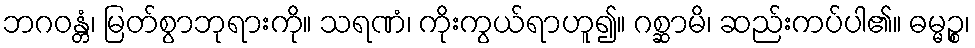
ဘဂဝန္တံ၊ မြတ်စွာဘုရားကို။ သရဏံ၊ ကိုးကွယ်ရာဟူ၍။ ဂစ္ဆာမိ၊ ဆည်းကပ်ပါ၏။ ဓမ္မဉ္စ၊